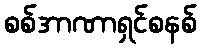
စစ်အာဏာရှင်စနစ်